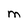
Character: M